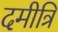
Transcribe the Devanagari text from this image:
दमीत्रि